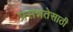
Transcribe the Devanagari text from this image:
प्रसन्नतेसाठी